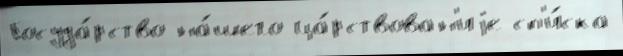
Госуда́рство на́шего ца́рствован'иjе сп'и́ска